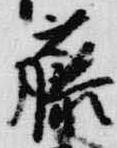
藤